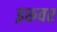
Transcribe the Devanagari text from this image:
इरूवर